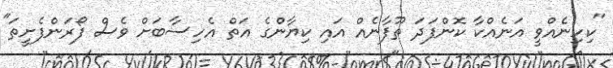
"ކިހިނެއްވީ އަނެއްކާ ކޮންފަދަ ތޫފާނެއް އައި ކިޔާންގެ އަތް އެހިސާބަށް ވެސް ފޯރަންފެށީތަ"